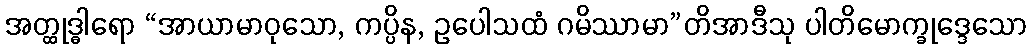
အတ္ထုဒ္ဓါရော “အာယာမာဝုသော, ကပ္ပိန, ဥပေါသထံ ဂမိဿာမာ”တိအာဒီသု ပါတိမောက္ခုဒ္ဒေသော